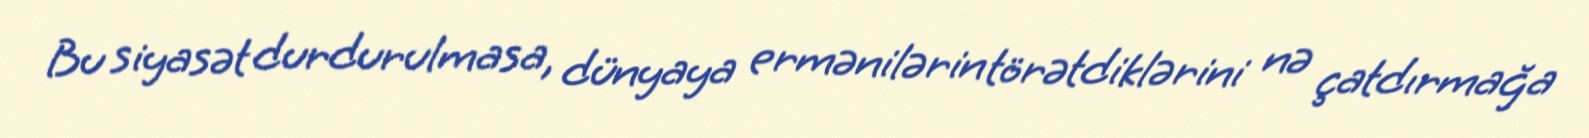
Bu siyasət durdurulmasa, dünyaya ermənilərin törətdiklərini nə çatdırmağa